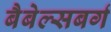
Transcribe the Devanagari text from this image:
बैबेल्सबर्ग